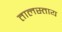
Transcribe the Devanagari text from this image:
तालस्ताय